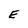
Character: E